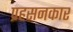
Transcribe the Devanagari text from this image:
प्रहसनकार